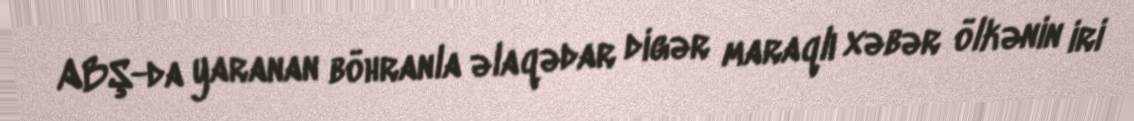
ABŞ-da yaranan böhranla əlaqədar digər maraqlı xəbər ölkənin iri